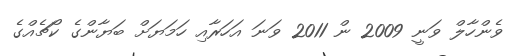
ވެންހާލް ވަނީ 2009 ން 2011 ވަނަ އަހަރާއި ހަމަޔަށް ބަޔާންގެ ކޯޗެއްގެ